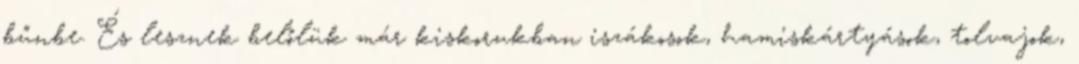
bűnbe. És lesznek belőlük már kiskorukban iszákosok, hamiskártyások, tolvajok,